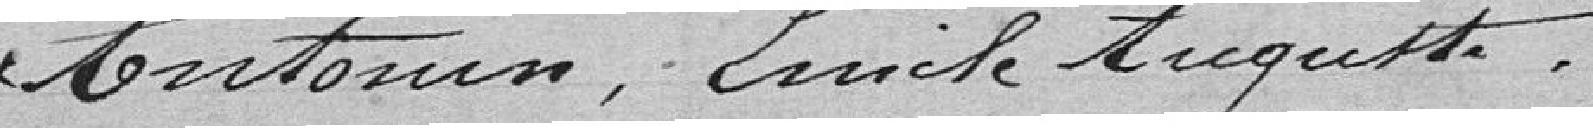
Antonin, Émile Auguste